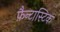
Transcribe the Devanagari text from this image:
फ़ैन्टास्टिक